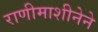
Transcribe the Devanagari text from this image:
राणीमाशीनेने